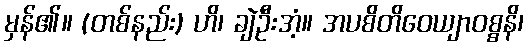
မှန်၏။ (တစ်နည်း) ဟိ၊ ချဲဦးအံ့။ အပစိတိဝေယျာဝစ္စနိ၊